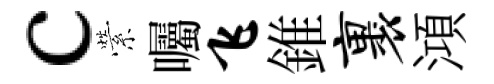
c縈囑飞錐裹澒